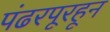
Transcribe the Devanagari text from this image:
पंढरपूरहून